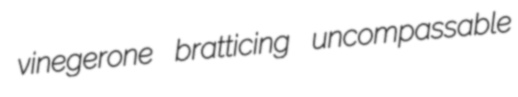
vinegerone bratticing uncompassable